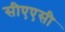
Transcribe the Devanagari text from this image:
सीएएसी